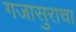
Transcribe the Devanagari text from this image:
गजासुराचा